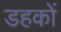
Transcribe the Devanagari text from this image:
डहकों